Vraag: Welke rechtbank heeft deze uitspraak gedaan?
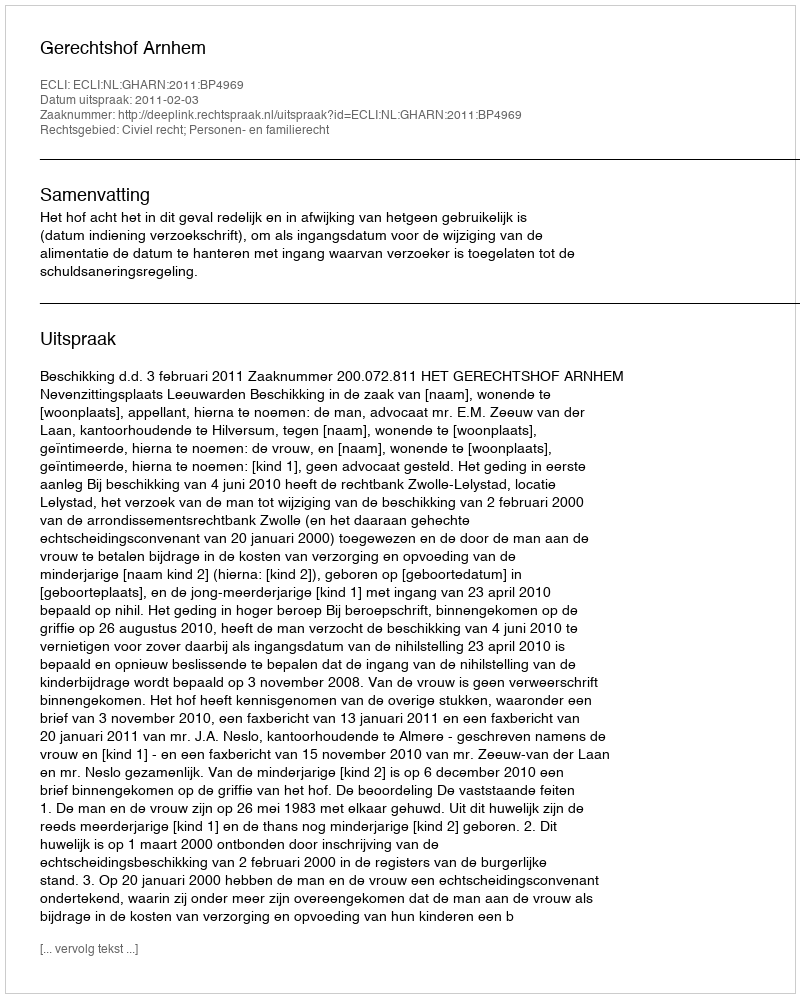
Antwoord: Gerechtshof Arnhem